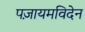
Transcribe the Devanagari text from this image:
पज़ायमविदेन